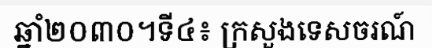
ឆ្នាំ២០៣០។ទី៤៖ ក្រសួងទេសចរណ៍